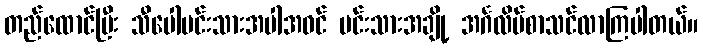
တည်ထောင်ပြီး သီပေါမင်းသားအပါအဝင် မင်းသားအချို့ အင်္ဂလိပ်စာသင်လာကြပါတယ်။